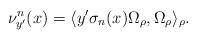
LaTeX: \begin{align*}\nu_{y'}^n(x) = \langle y' \sigma_n(x) \Omega_\rho, \Omega_\rho \rangle_{\rho}.\end{align*}